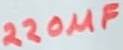
Text: 220µF